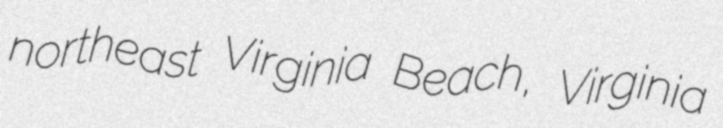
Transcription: northeast Virginia Beach, Virginia